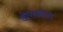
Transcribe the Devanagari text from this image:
जीएसटीने